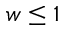
w \le 1